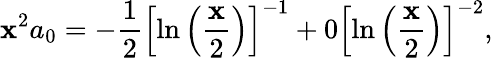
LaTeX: \mathbf{x}^{2}a_{0}=-\displaystyle\frac{{1}}{{2}}\left[\ln\left(\displaystyle\frac{{\mathbf{x}}}{{2}}\right)\right]^{-1}+0\left[\ln\left(\displaystyle\frac{{\mathbf{x}}}{{2}}\right)\right]^{-2},